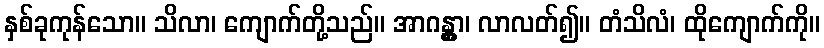
နှစ်ခုကုန်သော။ သိလာ၊ ကျောက်တို့သည်။ အာဂန္တွာ၊ လာလတ်၍။ တံသိလံ၊ ထိုကျောက်ကို။